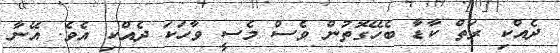
ދެއްކި ރަތް ކާޑާ ބެހޭގޮތުން ވެސް މެސީ ވާހަކަ ދެއްކި އެވެ. އޭނާ